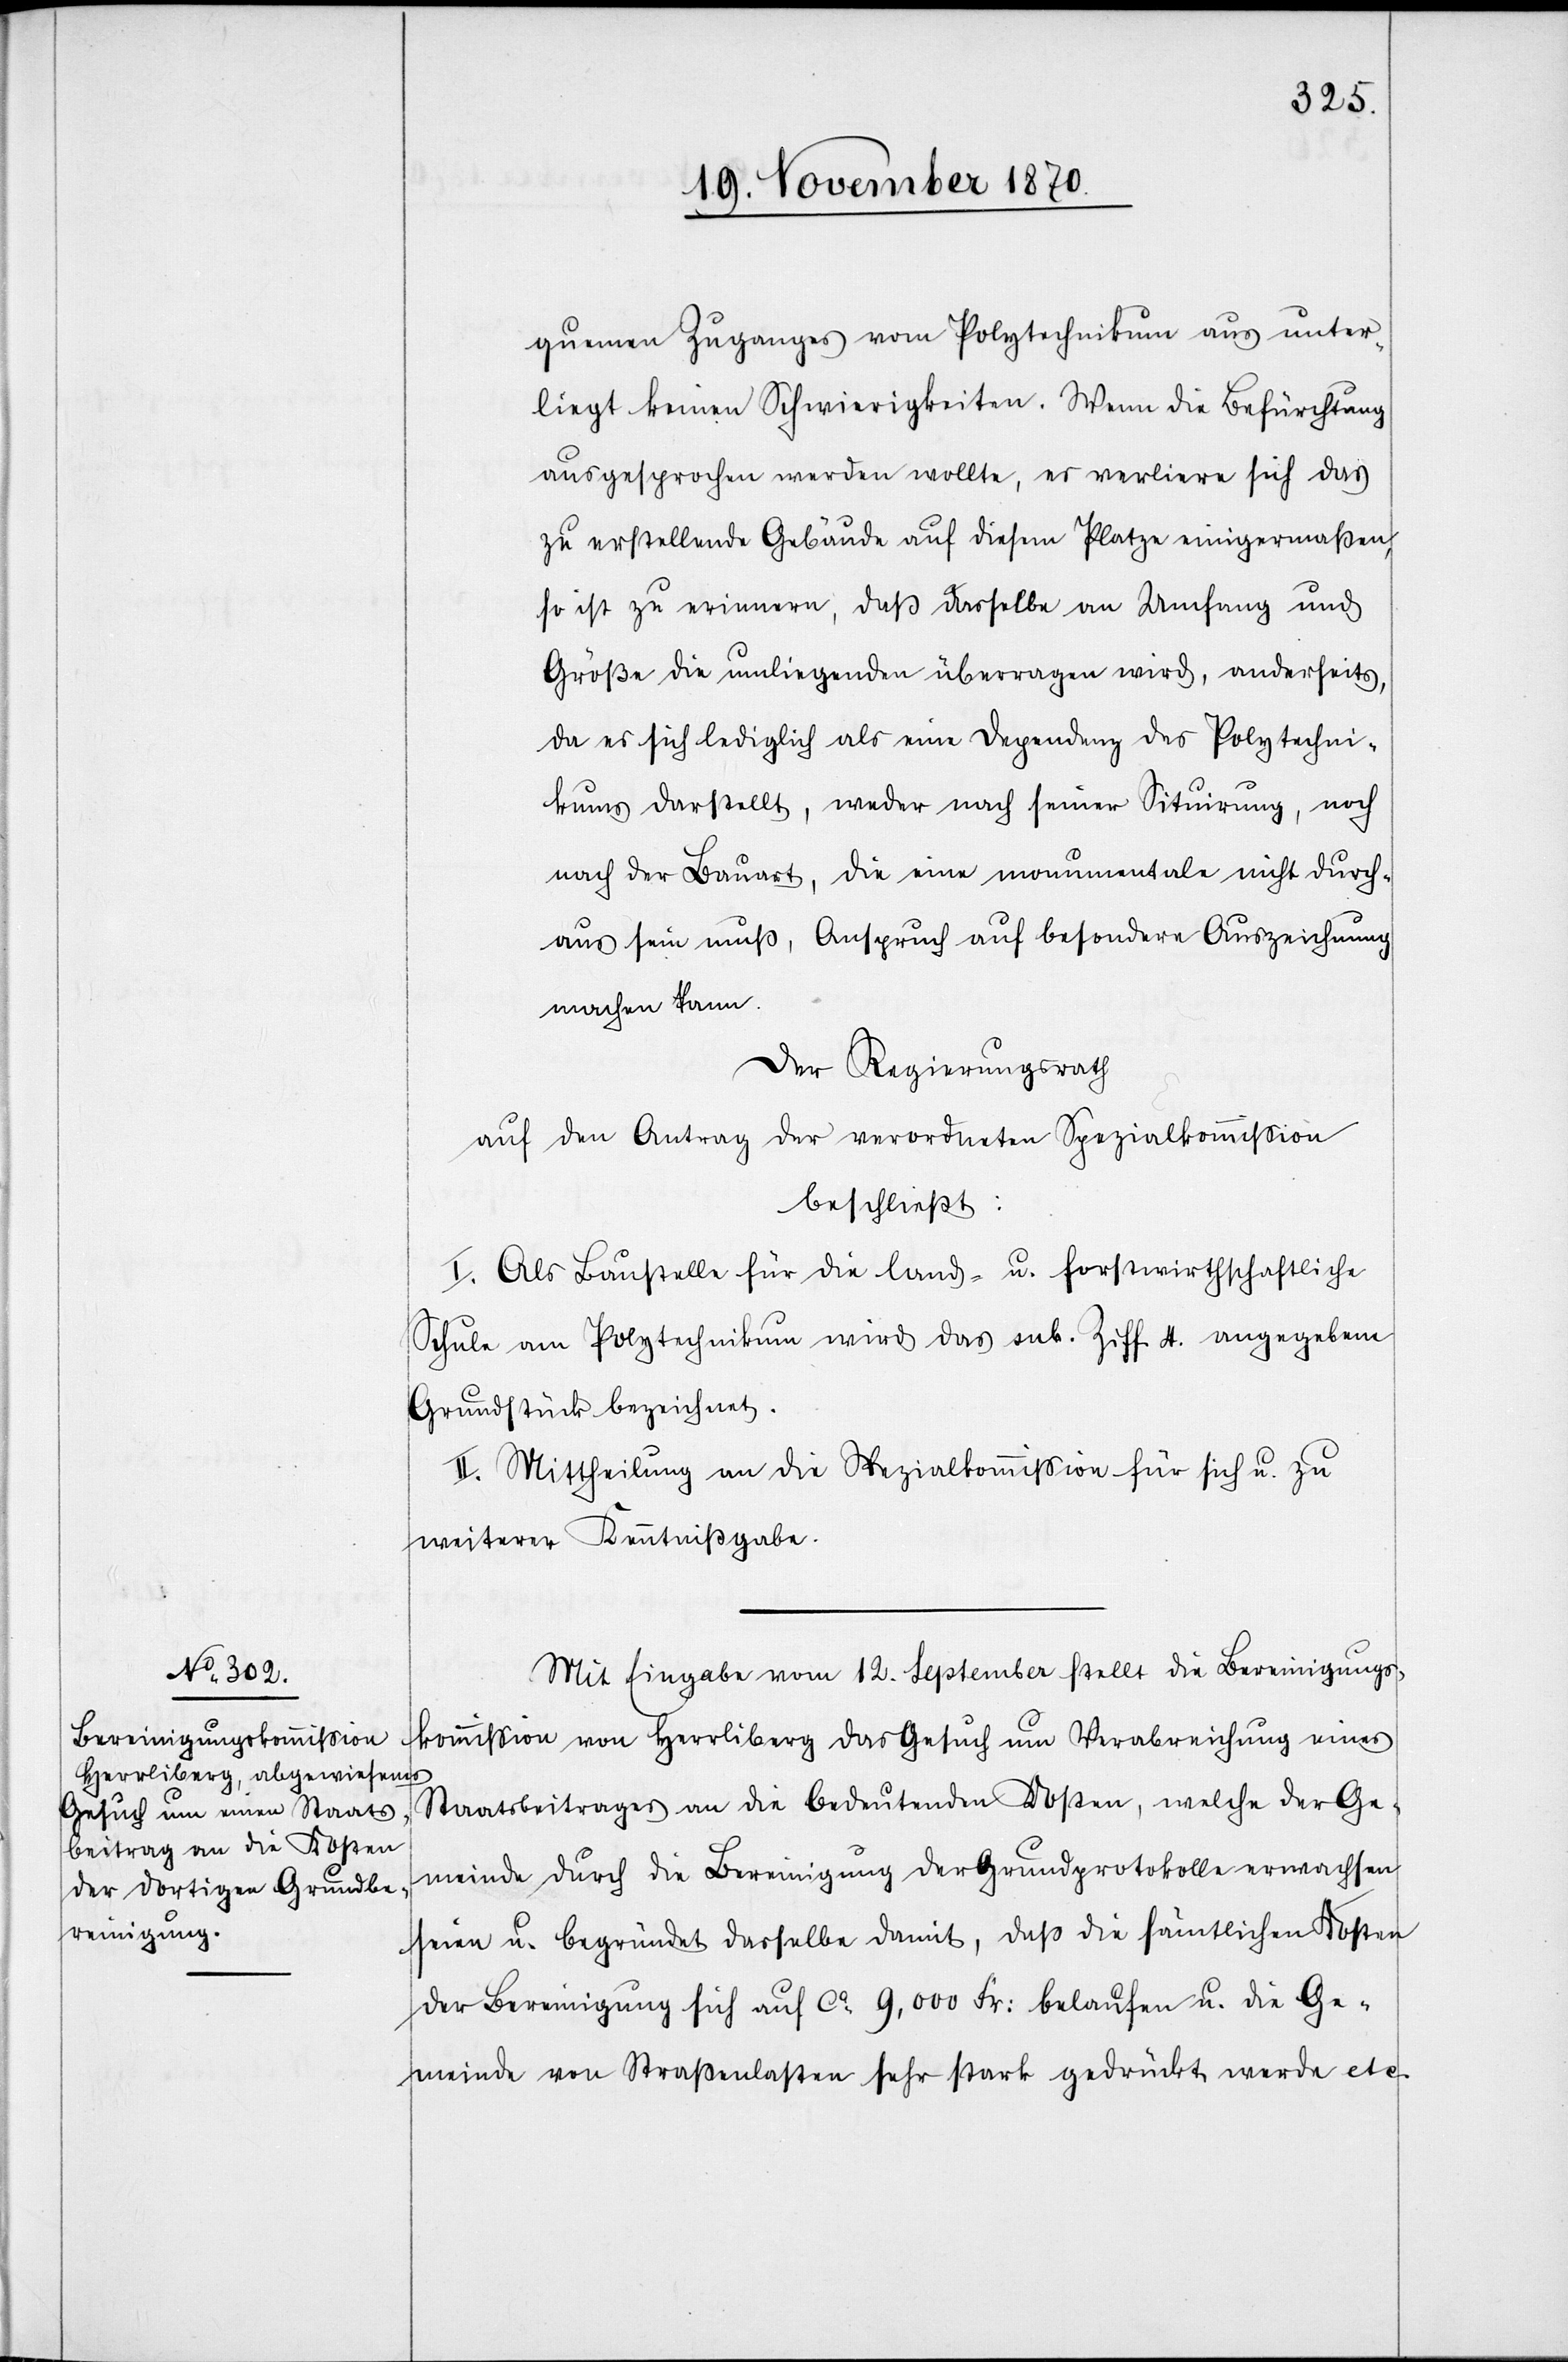
ommißion
quemen Zuganges vom Polytechnikum aus unter¬
liegt keinen Schwierigkeiten. Wenn die Befürchtung
ausgesprochen werden wollte, es verliere sich das
zu erstellende Gebäude auf diesem Platze einigermaßen,
so ist zu erinnern, daß dasselbe an Umfang und
Größe die umliegenden überragen wird, anderseits,
da es sich lediglich als eine Dependenz des Polytechni¬
kums darstellt,
weder nach seiner Situirung, noch
nach der Bauart, die eine monumentale nicht durch¬
aus sein muß, Anspruch auf besondere Auszeichnung
machen kann.
Der Regierungsrath
auf den Antrag der verordneten Spezialkommißion
beschließt:
I. Als Baustelle für die land- u. forstwirthschaftliche
Schule am Polytechnikum wird das sub. Ziff. 4. angegebene
Grundstück bezeichnet.
II. Mittheilung an die Spezialkommißion für sich u. zu
weiterer Kenntnißgabe.
Mit Eingabe vom 12. September stellt die Bereinigungsk¬
Staatsbeitrages an die bedeutenden Kosten, welche der Ge¬
meinde durch die Bereinigung der Grundprotokolle erwachsen
seien u. begründet dasselbe damit, daß die sämtlichen Kosten
der Bereinigung sich auf ca. 9,000 Fr: belaufen u. die Ge¬
meinde von Straßenlasten sehr stark gedrückt werde etc.